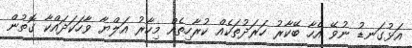
އަޅުގަނޑު ނުވޭ އެހާ ބޭކާރު ހަރަދުތަކެއް ކުރާހިތެއް މިހާރު އަލްޔާ ވާހަކަދައްކާ ގޮތުން